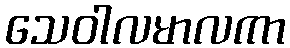
သေဝါလမာလကာ